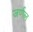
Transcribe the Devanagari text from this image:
जर्णल